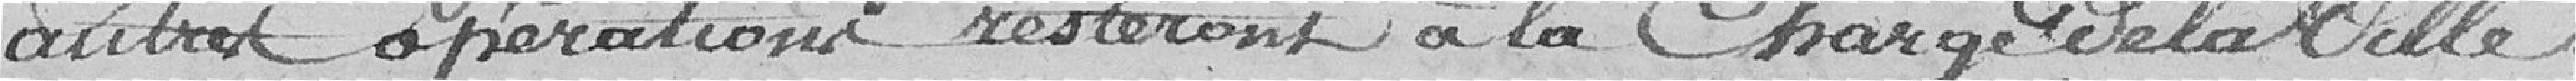
autres opérations resteront à la charge de la Ville.